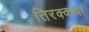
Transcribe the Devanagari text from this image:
तिरक्कथा